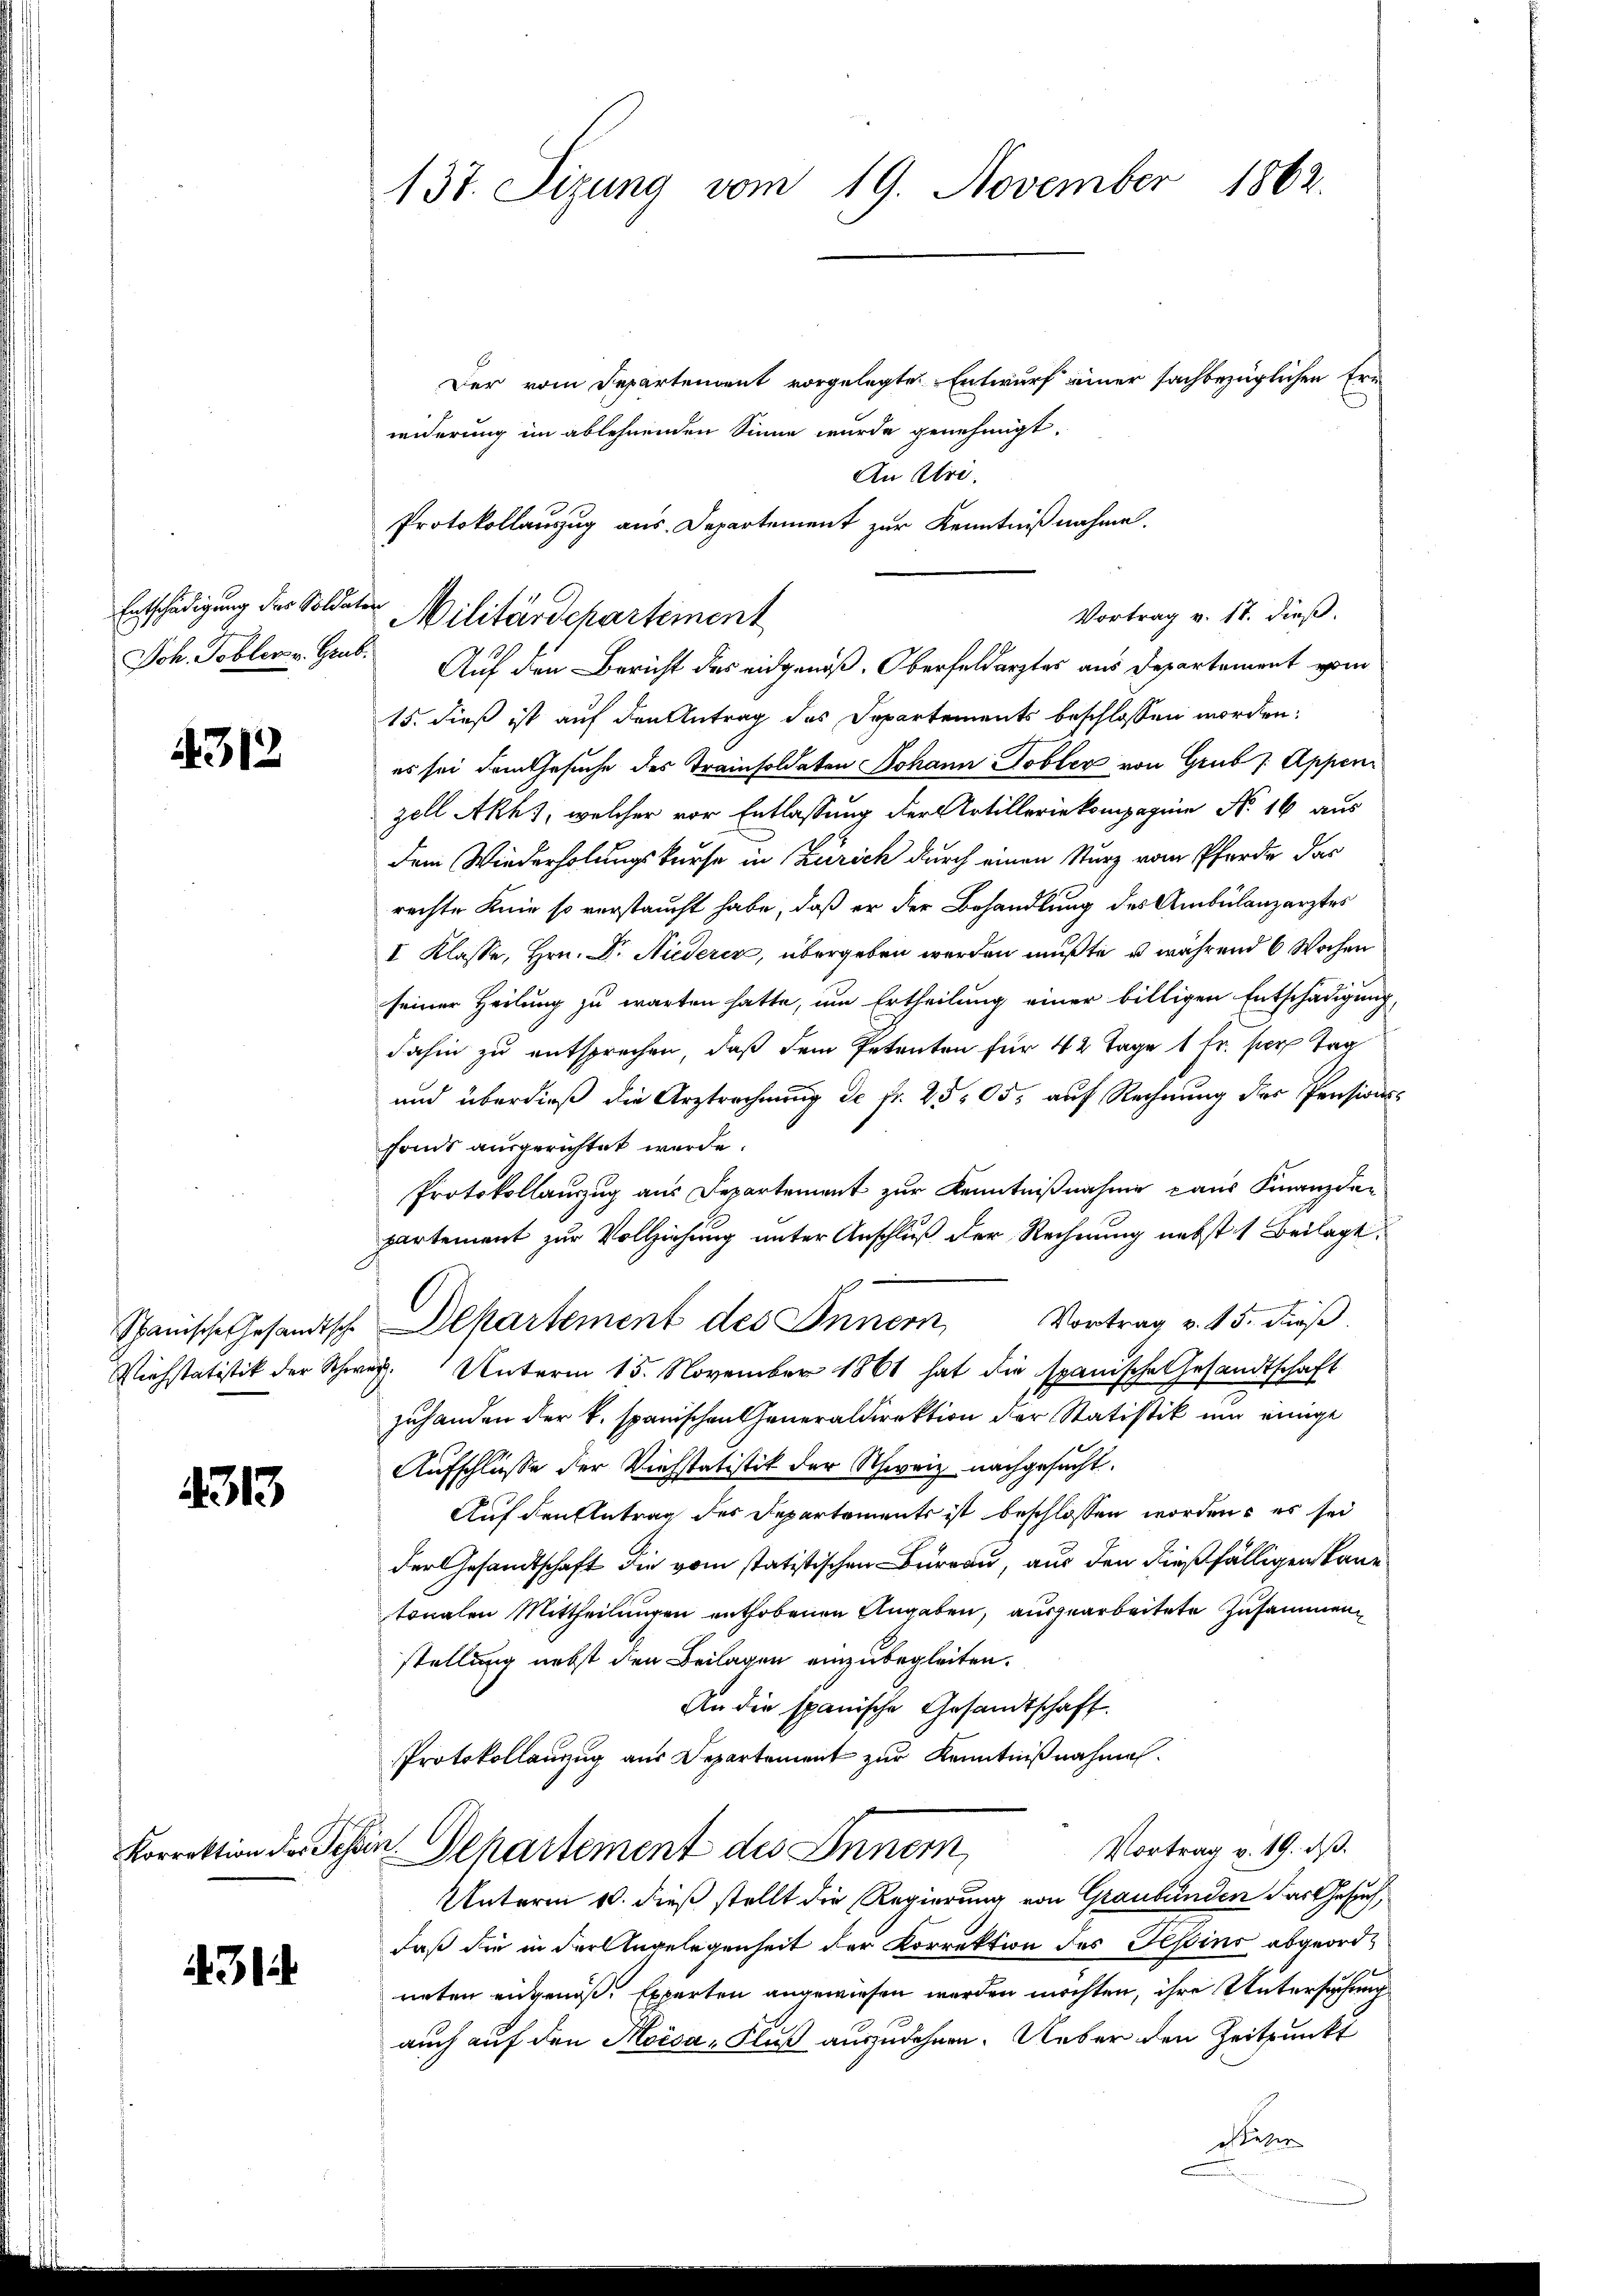
Entschädigung der Soldaten
Joh. Tobler v. Grub.

1312

Spanische Gesandtsche
Viehstatistik der Scher

4313

Korrektion der Tessi

43

137. Sizung vom 19. November 1862.

Der vom Departement vorgelegte Entwurf einer sachbezüglichen Erwiderung im ablehnenden Sinne wurde genehmigt.
An Uri.
15. dieß ist auf den Antrag des Departements beschlossen worden.
es sei dem Gesuche des Trainsoldaten Johann Tobler von Grub / Appen
zell Akh, welcher vor Entlassung der Artillerie kompagnie No 16 aus
dem Wiederholungskurse in Zürich durch einen Sturz vom Pferde das
rechte Knie so verstaucht habe, daß er der Behandlung des Ambulanzarztes
I Klasse, Hrn. Dr. Niederer, übergeben werden mußte, u während 6 Wochen
seiner Heilung zu warten hatte, um Ertheilung einer billigen Entschädigung,
dahin zu entsprechen, daß dem Petenten für 42 Tage 1 Fr. per Tag
und überdieß die Arztrechnung de fr. 2505, auf Rechnung der Pensionsfons ausgerichtet werde.
Protokollauszug aus Departement zur Kenntnißnahme aus Finanzden
partement zur Vollziehung unter Anschluß der Rechnung nebstes Beilagt.
Departement des Innern, Vortrag v. 15. dieß.
ch
Unterm 15. November 1861 hat die spanische Gesandtschaft
zuhanden der V. spanischen Generaldirektion der Statistik und einige
Aufschlüße der Viehstatistik der Schweiz nachgesucht.
Auf den Antrag des Departements ist beschlossen worden, es sei
der Gesandtschaft die vom statistischen Bureau, aus den dießfälligen kann
tonalen Mittheilungen enthobenen Angaben, ausgearbeitete Zusammen
stellung nebst den Beilagen einzubegleiten.
An die spanische Gesandtschaft.
Protokollanzug aus Departement zur Kenntnißnahmen.
Vortrag v. 19. ds.
m. Departement des Innern
Unterm 10. dieß stellt die Regierung von Graubünden das Gesuch,
daß die in der Angelegenheit der Korrektion des Pepins abgeordneten eidgenoß, Experten angewiesen werden möchten, ihre Untersuchung
auch auf den Moisa, Fluß auszudehnen. Ueber den Zeitpunkt
steher

Militärschartement

Protokollauszug aus. Departement zur Kenntnißnahme.
Vortrag v. 17. dieß.
Auf den Bericht des eidgenoß, Oberfeldarztes aus Departement vom